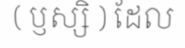
( ឫស្សិ ) ដែល